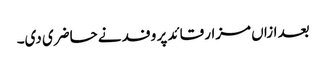
بعد ازاں مزار قائد پر وفد نے حاضری دی۔